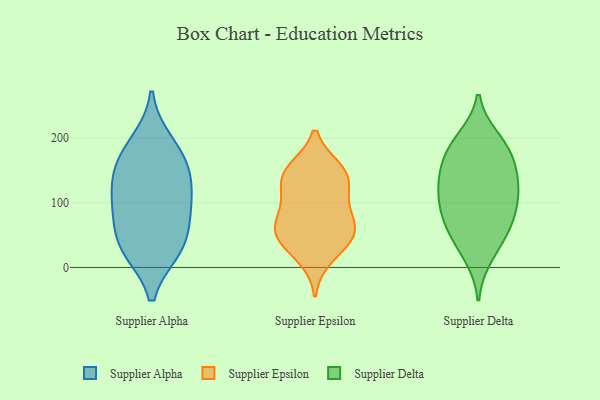
{"axis": {"x": "Churn Rate (%)", "y": "Value"}, "legend": ["Supplier Alpha", "Supplier Delta", "Supplier Epsilon"], "data": [{"x": "", "y": 77, "type": "Supplier Alpha"}, {"x": "", "y": 194, "type": "Supplier Alpha"}, {"x": "", "y": 123, "type": "Supplier Alpha"}, {"x": "", "y": 156, "type": "Supplier Alpha"}, {"x": "", "y": 104, "type": "Supplier Alpha"}, {"x": "", "y": 27, "type": "Supplier Alpha"}, {"x": "", "y": 81, "type": "Supplier Alpha"}, {"x": "", "y": 27, "type": "Supplier Alpha"}, {"x": "", "y": 174, "type": "Supplier Alpha"}, {"x": "", "y": 140, "type": "Supplier Alpha"}, {"x": "", "y": 34, "type": "Supplier Alpha"}, {"x": "", "y": 16, "type": "Supplier Epsilon"}, {"x": "", "y": 49, "type": "Supplier Epsilon"}, {"x": "", "y": 68, "type": "Supplier Epsilon"}, {"x": "", "y": 53, "type": "Supplier Epsilon"}, {"x": "", "y": 103, "type": "Supplier Epsilon"}, {"x": "", "y": 99, "type": "Supplier Epsilon"}, {"x": "", "y": 61, "type": "Supplier Epsilon"}, {"x": "", "y": 151, "type": "Supplier Epsilon"}, {"x": "", "y": 143, "type": "Supplier Epsilon"}, {"x": "", "y": 44, "type": "Supplier Epsilon"}, {"x": "", "y": 138, "type": "Supplier Epsilon"}, {"x": "", "y": 146, "type": "Supplier Epsilon"}, {"x": "", "y": 94, "type": "Supplier Delta"}, {"x": "", "y": 191, "type": "Supplier Delta"}, {"x": "", "y": 163, "type": "Supplier Delta"}, {"x": "", "y": 128, "type": "Supplier Delta"}, {"x": "", "y": 72, "type": "Supplier Delta"}, {"x": "", "y": 96, "type": "Supplier Delta"}, {"x": "", "y": 38, "type": "Supplier Delta"}, {"x": "", "y": 117, "type": "Supplier Delta"}, {"x": "", "y": 161, "type": "Supplier Delta"}, {"x": "", "y": 126, "type": "Supplier Delta"}, {"x": "", "y": 17, "type": "Supplier Delta"}, {"x": "", "y": 199, "type": "Supplier Delta"}, {"x": "", "y": 71, "type": "Supplier Delta"}, {"x": "", "y": 186, "type": "Supplier Delta"}, {"x": "", "y": 57, "type": "Supplier Delta"}, {"x": "", "y": 141, "type": "Supplier Delta"}]}